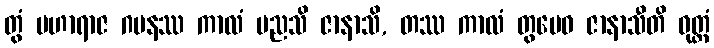
တွံ မဟာရာဇ ဂမနဿ ကာလံ မညသိ ဇာနာသိ, တဿ ကာလံ တွမေဝ ဇာနာသီတိ ဝုတ္တံ